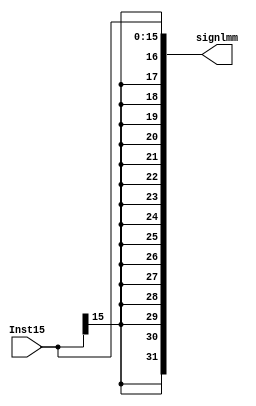
module sign_Extend #(parameter Width=16, out_Width=Width+Width)(
input wire [Width-1:0] Inst15,
output reg [out_Width-1:0] signlmm
);

always @(*) begin

signlmm={{Width{Inst15[15]}},Inst15};
    
end
endmodule